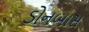
ડોનબાસ